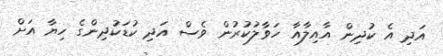
އަދި އެ ކުދިން އާއިލާއާ ހަވާލުކުރުން ވެސް އަދި ކުޑަކުދިންގެ ހިޔާ އަށް